Report on plague in the Punjab from October 1st ... to September 30th ..., being the ... season of plague in the province
Disease focus: Plague
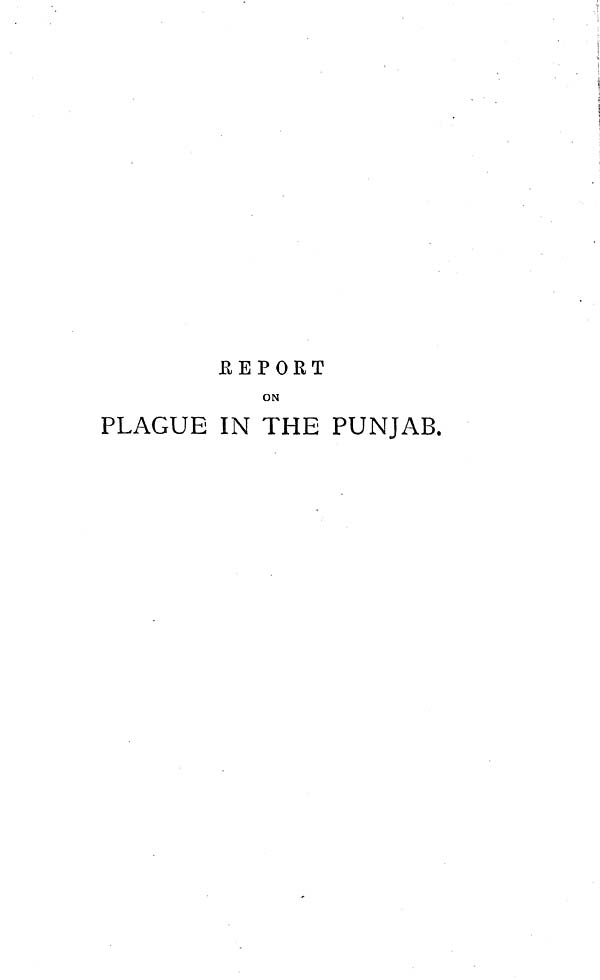
REPOET
ON
PLAGUE IN THE PUNJAB.